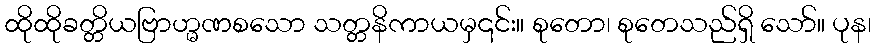
ထိုထိုခတ္တိယဗြာဟ္မဏစသော သတ္တနိကာယမှ၎င်း။ စုတော၊ စုတေသည်ရှိ သော်။ ပုန၊